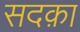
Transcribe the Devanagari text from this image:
सदक़ा